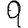
Digit: 9